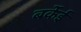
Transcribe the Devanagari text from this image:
बर्केई